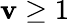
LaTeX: \mathbf{v}\ge1